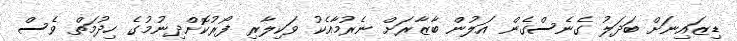
ޑިޒައިނަށް ބަދަލު ގެނެސްގެން އަލުން ބާޒާރަށް ނެރުމާއެކު ވަކިލާރި ފޯރުކޮށްދިނުމުގެ ހިދުމަތް ވެސް